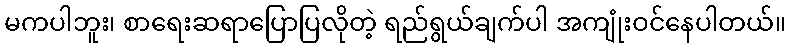
မကပါဘူး၊ စာရေးဆရာပြောပြလိုတဲ့ ရည်ရွယ်ချက်ပါ အကျုံးဝင်နေပါတယ်။